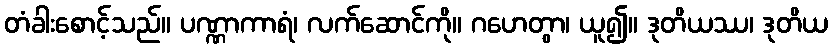
တံခါးစောင့်သည်။ ပဏ္ဏာကာရံ၊ လက်ဆောင်ကို။ ဂဟေတွာ၊ ယူ၍။ ဒုတိယဿ၊ ဒုတိယ